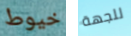
خيوط للجهة